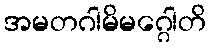
အမတဂါမိမဂ္ဂေါတိ